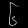
Digit: ၆